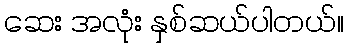
ဆေး အလုံး နှစ်ဆယ်ပါတယ်။